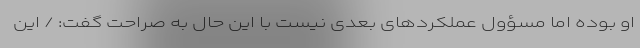
او بوده اما مسؤول عملکردهای بعدی نیست با این حال به صراحت گفت: / این